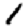
Digit: 1